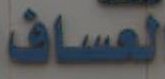
العساف